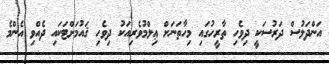
އަންދަލުސް ދަރުސަކީ ދިވެހި ތާރީހުގައި މިހާތަނަށް ޢިލްމުވެރިއަކު ދިވެހި ޤައުމަށްޓަކައި ދެއްވި އެންމެ